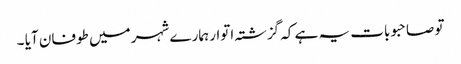
تو صاحبو بات یہ ہے کہ گزشتہ اتوار ہمارے شہر میں طوفان آیا ۔